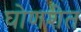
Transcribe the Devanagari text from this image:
घोणशेत